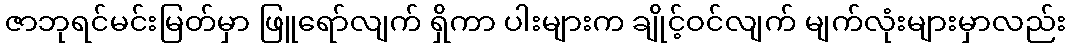
ဇာဘုရင်မင်းမြတ်မှာ ဖြူရော်လျက် ရှိကာ ပါးများက ချိုင့်ဝင်လျက် မျက်လုံးများမှာလည်း